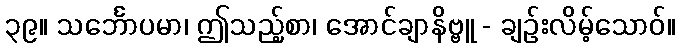
၃၉။ သင်္ဘောပမာ၊ ဤသည့်စာ၊ အောင်ချာနိဗ္ဗူ - ချဉ်းလိမ့်သောဝ်။